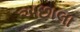
અછાલા